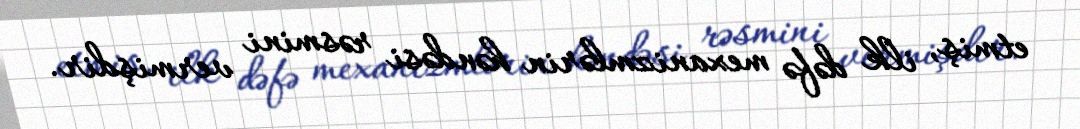
etmiş, ilk dəfə mexanizmlərin həndəsi rəsmini vermişdir.